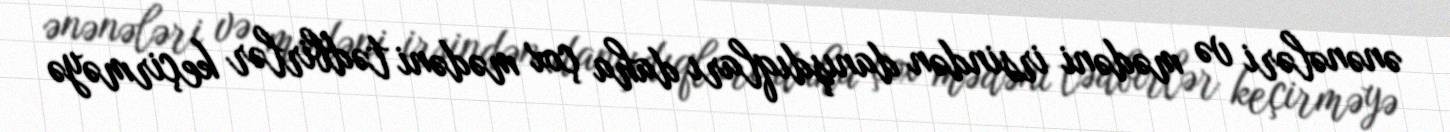
ənənələri və mədəni irsindən danışdıqları daha çox mədəni tədbirlər keçirməyə